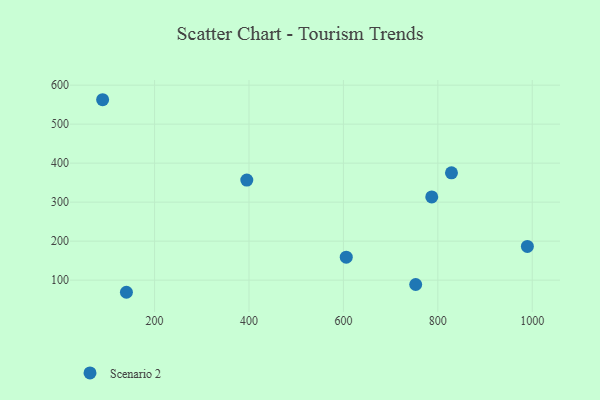
{"axis": {"x": "Engine Size", "y": "Rating"}, "legend": ["Scenario 2"], "data": [{"x": "140.3", "y": 68.9, "type": "Scenario 2"}, {"x": "989.7", "y": 186.6, "type": "Scenario 2"}, {"x": "606.0", "y": 158.8, "type": "Scenario 2"}, {"x": "395.3", "y": 356.6, "type": "Scenario 2"}, {"x": "828.9", "y": 375.2, "type": "Scenario 2"}, {"x": "787.1", "y": 313.5, "type": "Scenario 2"}, {"x": "753.1", "y": 88.8, "type": "Scenario 2"}, {"x": "89.9", "y": 562.7, "type": "Scenario 2"}]}